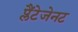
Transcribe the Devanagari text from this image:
प्लैंटेजेनट